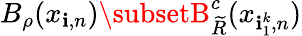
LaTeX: B_{\rho}(x_{\mathbf{i},n})\subsetB_{\widetilde{R}}^{c}(x_{\mathbf{i}_{1}^{k},n})